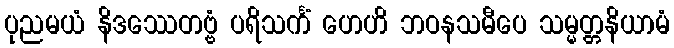
ပုညမယံ နိဒဿေတဗ္ဗံ ပရိသင်္ကံ ဟေဟိ ဘဝနသမီပေ သမ္မတ္တနိယာမံ